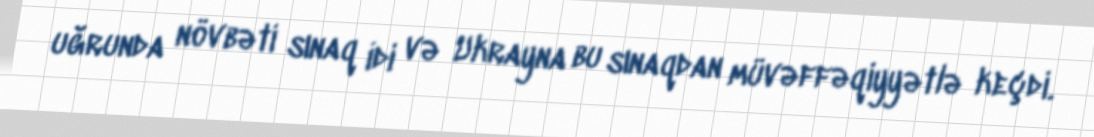
uğrunda növbəti sınaq idi və Ukrayna bu sınaqdan müvəffəqiyyətlə keçdi.